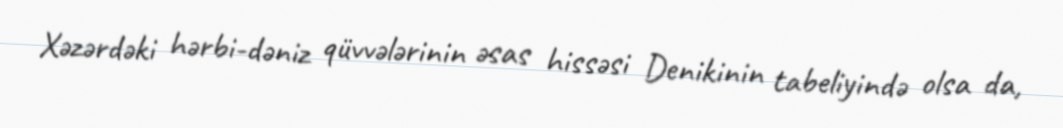
Xəzərdəki hərbi-dəniz qüvvələrinin əsas hissəsi Denikinin tabeliyində olsa da,